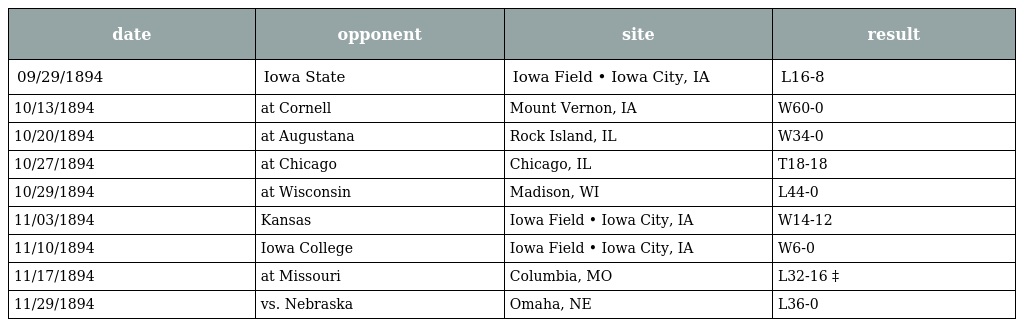
| date | opponent | site | result |
 | --- | --- | --- | --- |
 | 09/29/1894 | Iowa State | Iowa Field • Iowa City, IA | L16-8 |
 | 10/13/1894 | at Cornell | Mount Vernon, IA | W60-0 |
 | 10/20/1894 | at Augustana | Rock Island, IL | W34-0 |
 | 10/27/1894 | at Chicago | Chicago, IL | T18-18 |
 | 10/29/1894 | at Wisconsin | Madison, WI | L44-0 |
 | 11/03/1894 | Kansas | Iowa Field • Iowa City, IA | W14-12 |
 | 11/10/1894 | Iowa College | Iowa Field • Iowa City, IA | W6-0 |
 | 11/17/1894 | at Missouri | Columbia, MO | L32-16 ‡ |
 | 11/29/1894 | vs. Nebraska | Omaha, NE | L36-0 |